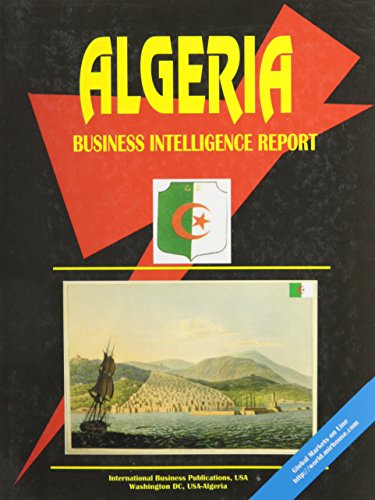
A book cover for Algeria Business Intelligence Report; Ibp Usa; Travel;